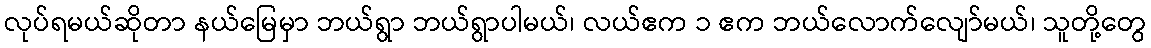
လုပ်ရမယ်ဆိုတာ နယ်မြေမှာ ဘယ်ရွာ ဘယ်ရွာပါမယ်၊ လယ်ဧက ၁ ဧက ဘယ်လောက်လျော်မယ်၊ သူတို့တွေ